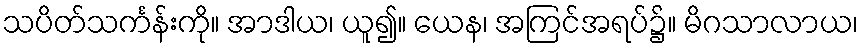
သပိတ်သင်္ကန်းကို။ အာဒါယ၊ ယူ၍။ ယေန၊ အကြင်အရပ်၌။ မိဂသာလာယ၊